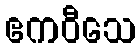
ဧကဝီသေ